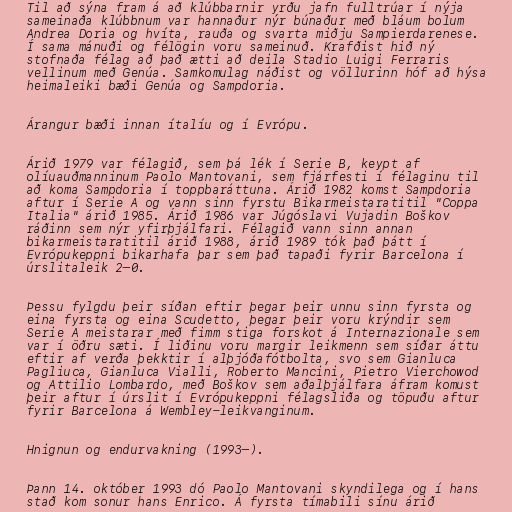
Til að sýna fram á að klúbbarnir yrðu jafn fulltrúar í nýja
sameinaða klúbbnum var hannaður nýr búnaður með bláum bolum
Andrea Doria og hvíta, rauða og svarta miðju Sampierdarenese.
Í sama mánuði og félögin voru sameinuð. Krafðist hið ný
stofnaða félag að það ætti að deila Stadio Luigi Ferraris
vellinum með Genúa. Samkomulag náðist og völlurinn hóf að hýsa
heimaleiki bæði Genúa og Sampdoria.

Árangur bæði innan ítalíu og í Evrópu.

Árið 1979 var félagið, sem þá lék í Serie B, keypt af
olíuauðmanninum Paolo Mantovani, sem fjárfesti í félaginu til
að koma Sampdoria í toppbaráttuna. Árið 1982 komst Sampdoria
aftur í Serie A og vann sinn fyrstu Bikarmeistaratitil "Coppa
Italia" árið 1985. Árið 1986 var Júgóslavi Vujadin Boškov
ráðinn sem nýr yfirþjálfari. Félagið vann sinn annan
bikarmeistaratitil árið 1988, árið 1989 tók það þátt í
Evrópukeppni bikarhafa þar sem það tapaði fyrir Barcelona í
úrslitaleik 2–0.

Þessu fylgdu þeir síðan eftir þegar þeir unnu sinn fyrsta og
eina fyrsta og eina Scudetto, þegar þeir voru krýndir sem
Serie A meistarar með fimm stiga forskot á Internazionale sem
var í öðru sæti. Í liðinu voru margir leikmenn sem síðar áttu
eftir af verða þekktir í alþjóðafótbolta, svo sem Gianluca
Pagliuca, Gianluca Vialli, Roberto Mancini, Pietro Vierchowod
og Attilio Lombardo, með Boškov sem aðalþjálfara áfram komust
þeir aftur í úrslit í Evrópukeppni félagsliða og töpuðu aftur
fyrir Barcelona á Wembley-leikvanginum.

Hnignun og endurvakning (1993–).

Þann 14. október 1993 dó Paolo Mantovani skyndilega og í hans
stað kom sonur hans Enrico. Á fyrsta tímabili sínu árið